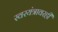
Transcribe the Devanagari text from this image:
स्वरयंत्रावरही